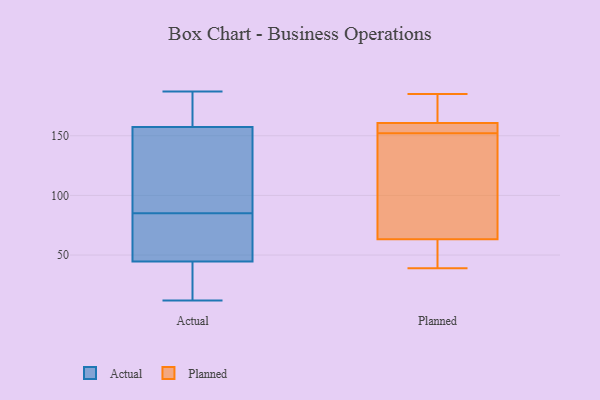
{"axis": {"x": "Production Output", "y": "Value"}, "legend": ["Actual", "Planned"], "data": [{"x": "", "y": 12, "type": "Actual"}, {"x": "", "y": 48, "type": "Actual"}, {"x": "", "y": 181, "type": "Actual"}, {"x": "", "y": 117, "type": "Actual"}, {"x": "", "y": 43, "type": "Actual"}, {"x": "", "y": 153, "type": "Actual"}, {"x": "", "y": 85, "type": "Actual"}, {"x": "", "y": 170, "type": "Actual"}, {"x": "", "y": 37, "type": "Actual"}, {"x": "", "y": 187, "type": "Actual"}, {"x": "", "y": 73, "type": "Actual"}, {"x": "", "y": 125, "type": "Actual"}, {"x": "", "y": 45, "type": "Actual"}, {"x": "", "y": 106, "type": "Planned"}, {"x": "", "y": 160, "type": "Planned"}, {"x": "", "y": 181, "type": "Planned"}, {"x": "", "y": 39, "type": "Planned"}, {"x": "", "y": 185, "type": "Planned"}, {"x": "", "y": 58, "type": "Planned"}, {"x": "", "y": 47, "type": "Planned"}, {"x": "", "y": 153, "type": "Planned"}, {"x": "", "y": 163, "type": "Planned"}, {"x": "", "y": 155, "type": "Planned"}, {"x": "", "y": 65, "type": "Planned"}, {"x": "", "y": 66, "type": "Planned"}, {"x": "", "y": 152, "type": "Planned"}]}